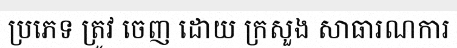
ប្រភេទ ត្រូវ ចេញ ដោយ ក្រសួង សាធារណការ